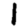
Digit: 1